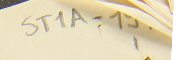
ST1A-15 1